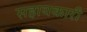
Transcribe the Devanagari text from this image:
सहायकारी